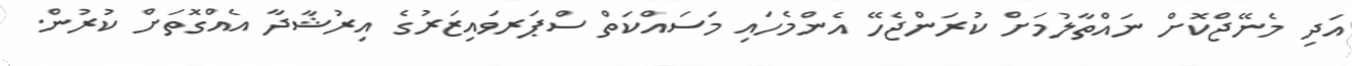
އަދި މެނޭޖްކޮށް ނައްތާލުމަށް ކުރަންޖެހޭ އެންމެހައި މަސައްކަތް ސްޕަރވައިޒަރުގެ އިރުޝާދާ އެއްގޮތަށް ކުރުން.